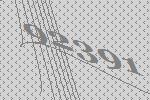
92391